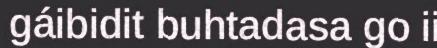
gáibidit buhtadasa go ii